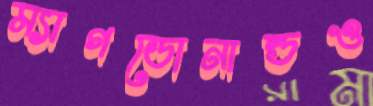
ম্যাগডোনাল্ডও